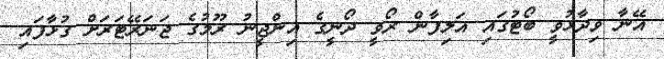
އޭނާ ވިދާޅުވީ ބޯޓުގައި އަލިފާން ރޯވީ ދޯނީގެ އިންޖީނު ރޫމުގެ ޖަނަރޭޓަރަށް ގުޅާފައި